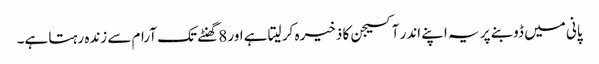
پانی میں ڈوبنے پر یہ اپنے اندر آکسیجن کا ذخیرہ کر لیتا ہے اور 8 گھنٹے تک آرام سے زندہ رہتا ہے۔